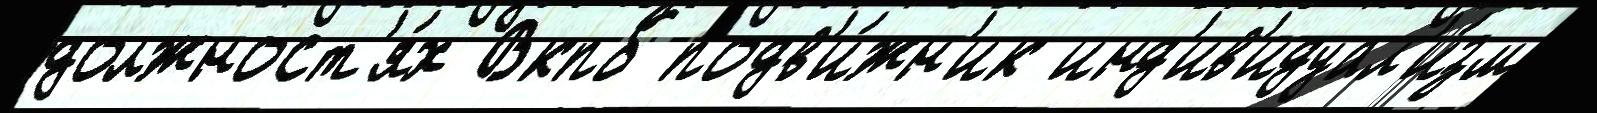
должност'я́х Вкпб подв'и́жн'ик инд'ив'идуал'и́зм